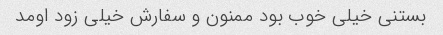
بستنی خیلی خوب بود ممنون و سفارش خیلی زود اومد